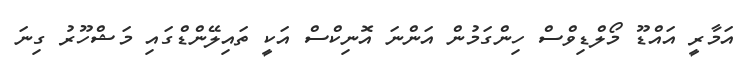
އަމާރީ އައްޑޫ މޯލްޑިވްސް ހިންގަމުން އަންނަ އޮނިކްސް އަކީ ތައިލޭންޑްގައި މަޝްހޫރު ގިނަ